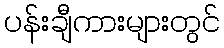
ပန်းချီကားများတွင်